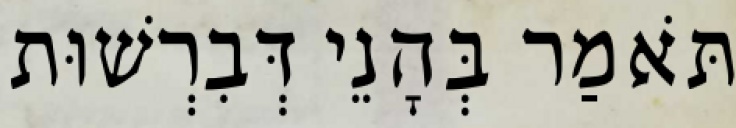
תֹּאמַר בְּהָנֵי דְּבִרְשׁוּת